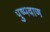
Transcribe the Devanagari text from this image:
पुष्पवाण